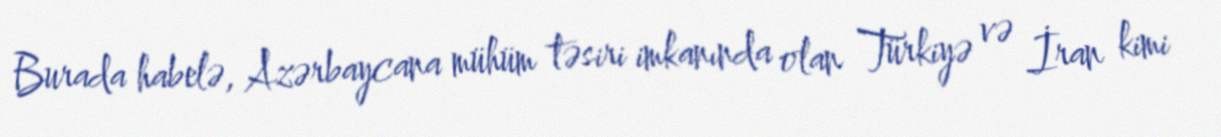
Burada habelə, Azərbaycana mühüm təsiri imkanında olan Türkiyə və İran kimi